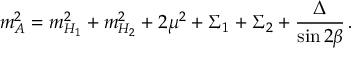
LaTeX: m _ { A } ^ { 2 } = m _ { H _ { 1 } } ^ { 2 } + m _ { H _ { 2 } } ^ { 2 } + 2 \mu ^ { 2 } + \Sigma _ { 1 } + \Sigma _ { 2 } + \frac { \Delta } { \sin 2 \beta } \, .